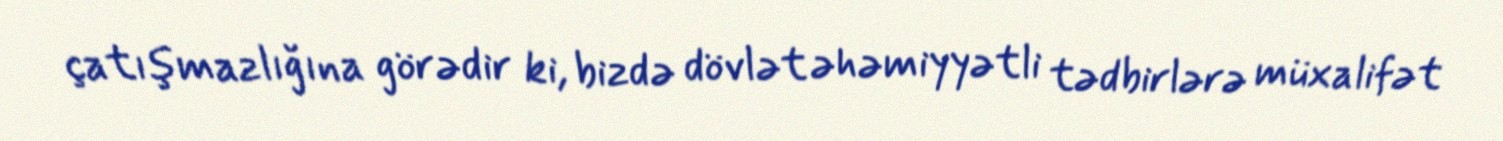
çatışmazlığına görədir ki, bizdə dövlət əhəmiyyətli tədbirlərə müxalifət